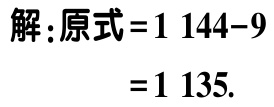
解：原式\(=1144 - 9\)

\(=1135\).